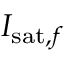
I _ { \mathrm { s a t } , f }